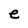
Character: e